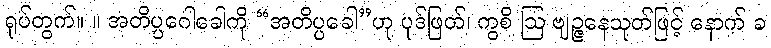
ရုပ်တွက်။ ။ အတိပ္ပဂေါခေါကို “အတိပ္ပခေါ”ဟု ပုဒ်ဖြတ်၊ ကွစိ ဩ ဗျဉ္ဇနေသုတ်ဖြင့် နောက် ခ